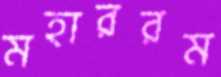
মহাররম